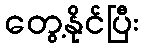
တွေ့နိုင်ပြီး